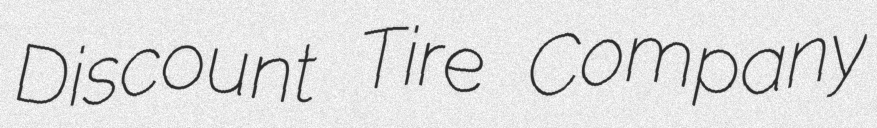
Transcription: Discount Tire Company